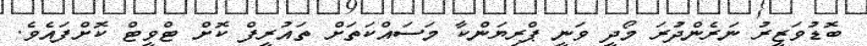
ބޮޑުވަޒީރު ނަރެންދުރަ މޯދީ ވަނީ ޕްރިޔަންކާ މަސައްކަތަށް ތައުރީފް ކޮށް ޓްވީޓް ކޮށްފައެވެ.